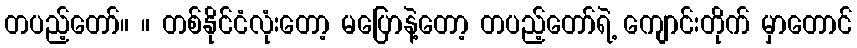
တပည့်တော်။ ။ တစ်နိုင်ငံလုံးတော့ မပြောနဲ့တော့ တပည့်တော်ရဲ့ ကျောင်းတိုက် မှာတောင်